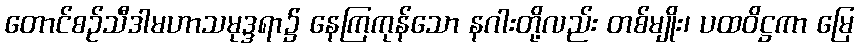
တောင်စဉ်သီဒါမဟာသမုဒ္ဒရာ၌ နေကြကုန်သော နဂါးတို့လည်း တစ်မျိုး၊ ပထဝိဋ္ဌကာ မြေ